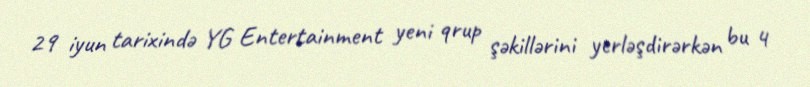
29 iyun tarixində YG Entertainment yeni qrup şəkillərini yerləşdirərkən bu 4